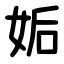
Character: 姤